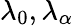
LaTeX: \lambda_{0},\lambda_{\alpha}